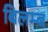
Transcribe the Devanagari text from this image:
बिलम्‍ब